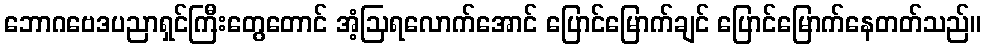
ဘောဂဗေဒပညာရှင်ကြီးတွေတောင် အံ့ဩရလောက်အောင် ပြောင်မြောက်ချင် ပြောင်မြောက်နေတတ်သည်။